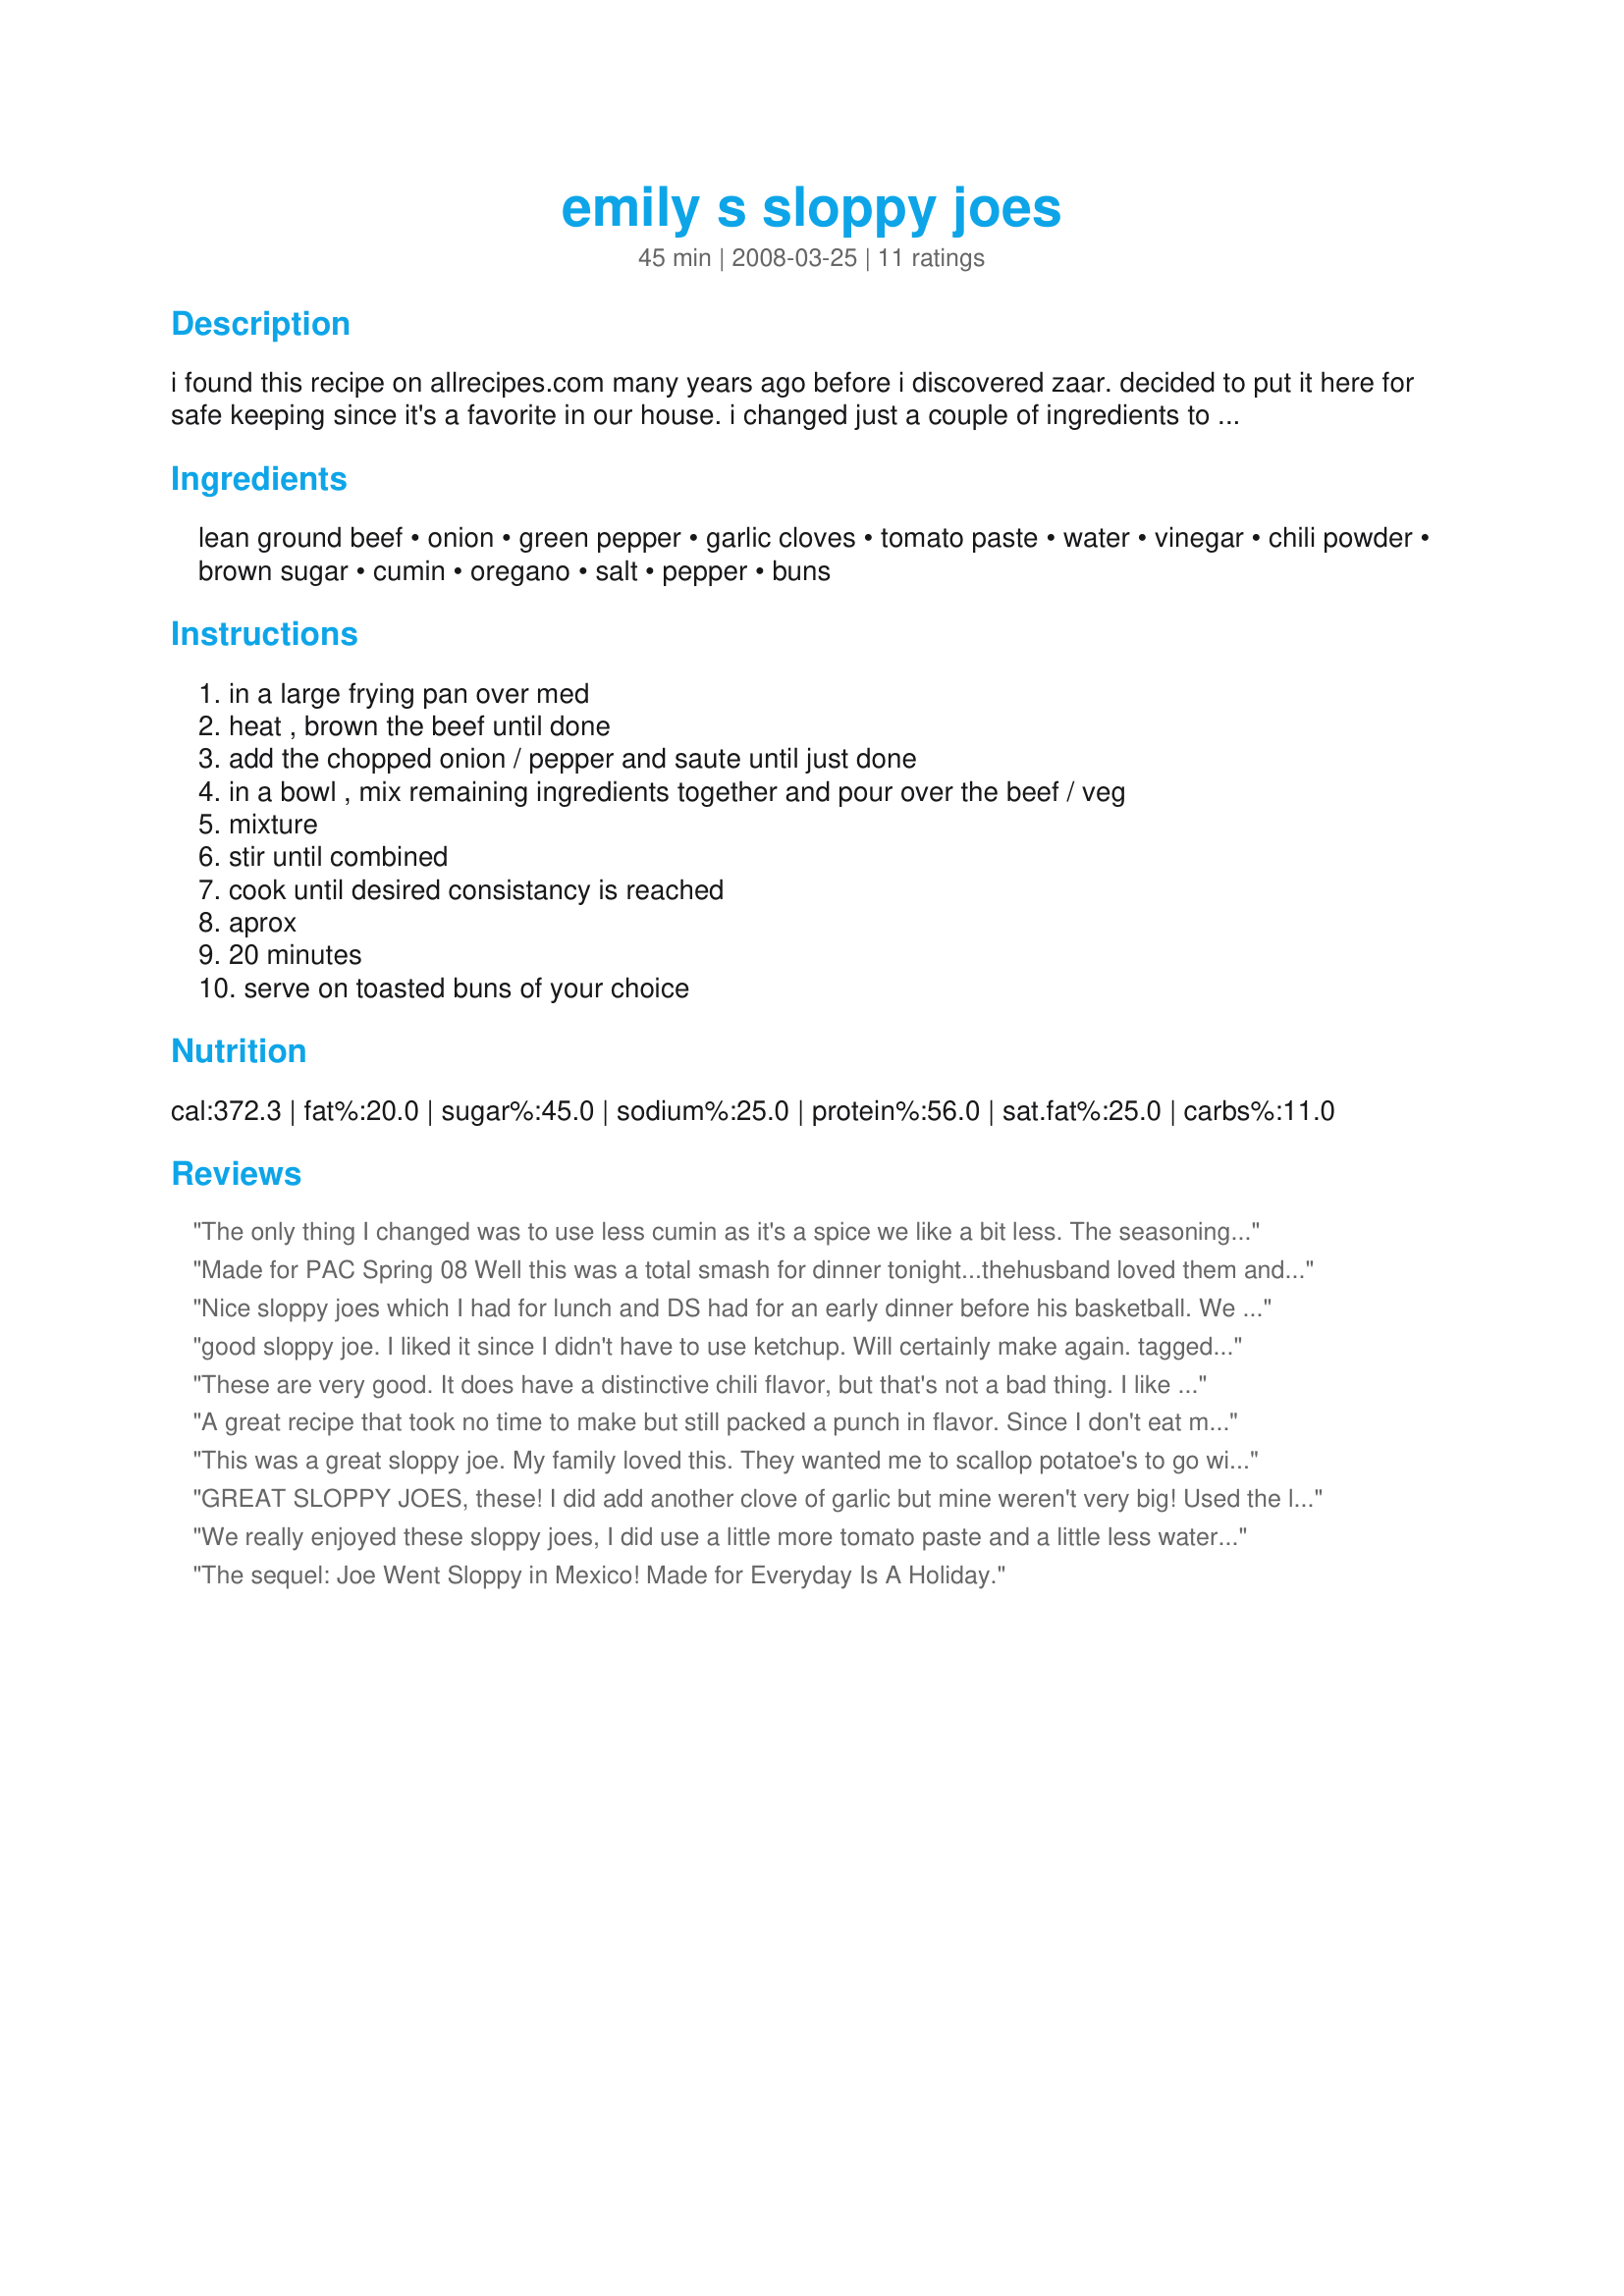
emily s sloppy joes
Preparation time: 45 minutes

i found this recipe on allrecipes.com many years ago before i discovered zaar. decided to put it here for safe keeping since it's a favorite in our house. i changed just a couple of ingredients to suit the families tastes.

Ingredients:
lean ground beef, onion, green pepper, garlic cloves, tomato paste, water, vinegar, chili powder, brown sugar, cumin, oregano, salt, pepper, buns

Steps:
in a large frying pan over med, heat , brown the beef until done, add the chopped onion / pepper and saute until just done, in a bowl , mix remaining ingredients together and pour over the beef / veg, mixture, stir until combined, cook until desired consistancy is reached, aprox, 20 minutes, serve on toasted buns of your choice

Reviews:
The only thing I changed was to use less cumin as it's a spice we like a bit less. The seasonings are perfect. It was very easy to do. I had mine with monterey jack cheese and mustard. Thanks Lori Mama :) Made for Photo tag game
Made for PAC Spring 08
Well this was a total smash for dinner tonight...thehusband loved them and so did I!
Nice sloppy joes which I had for lunch and DS had for an early dinner before his basketball. We both enjoyed them but found them to be different than most sloppy joes in that they kinda tasted like chili. Thanks for sharing. Made for Holiday tag.
good sloppy joe. I liked it since I didn't have to use ketchup. Will certainly make again. tagged in holiday tag.
These are very good. It does have a distinctive chili flavor, but that's not a bad thing. I like chili! I usually serve French fries with sloppy joes, but I decided to make "Recipe#265281" to be different.
A great recipe that took no time to make but still packed a punch in flavor. Since I don't eat meat, DS was here to give it the nod that yes, this didn't need any other additions/deletions. An easy meal for work-nights and the perfect sloppyjoe recipe Lori.
:-)
This was a great sloppy joe. My family loved this. They wanted me to scallop potatoe's to go with this. I will make this again. I tagged in Everyday is a Holiday.
GREAT SLOPPY JOES, these! I did add another clove of garlic but mine weren't very big! Used the leanest of meat for this recipe & made them with homemade whole wheat buns! Well worth making again! Thanks for sharing the recipe! [Tagged, made & reviewed in Every Day Is a Holiday cooking game]
We really enjoyed these sloppy joes, I did use a little more tomato paste and a little less water, also cut the amt of chili powder in half after reading others reviews. We thought they were a whole lot better the can stuff!
The sequel: Joe Went Sloppy in Mexico! Made for Everyday Is A Holiday.
This is a really good sloppy joe recipe. I do like to add chopped mushrooms to this........I saw that in the Joy of Cooking joe recipe and always have added it ever since.
